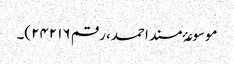
موسوعۂ مسند احمد، رقم ۲۴۲۱۶)۔